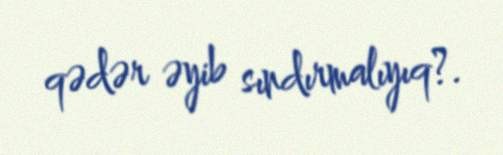
qədər əyib sındırmalıyıq?.